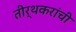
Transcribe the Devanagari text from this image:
तीर्थकरांची